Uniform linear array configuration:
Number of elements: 24
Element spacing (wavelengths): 0.75
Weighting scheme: binomial
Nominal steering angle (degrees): -15
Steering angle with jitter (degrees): -14.934
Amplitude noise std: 0.05
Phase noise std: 0.05

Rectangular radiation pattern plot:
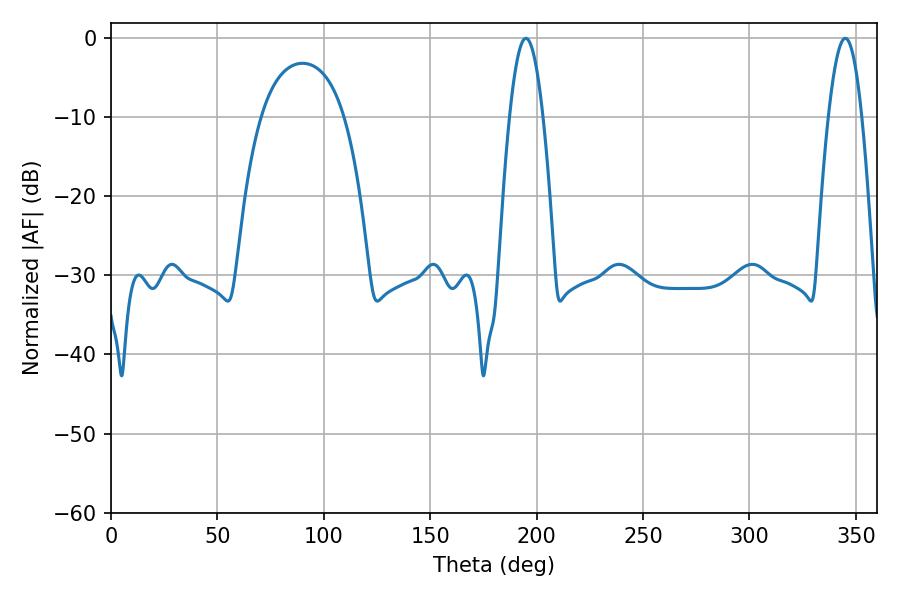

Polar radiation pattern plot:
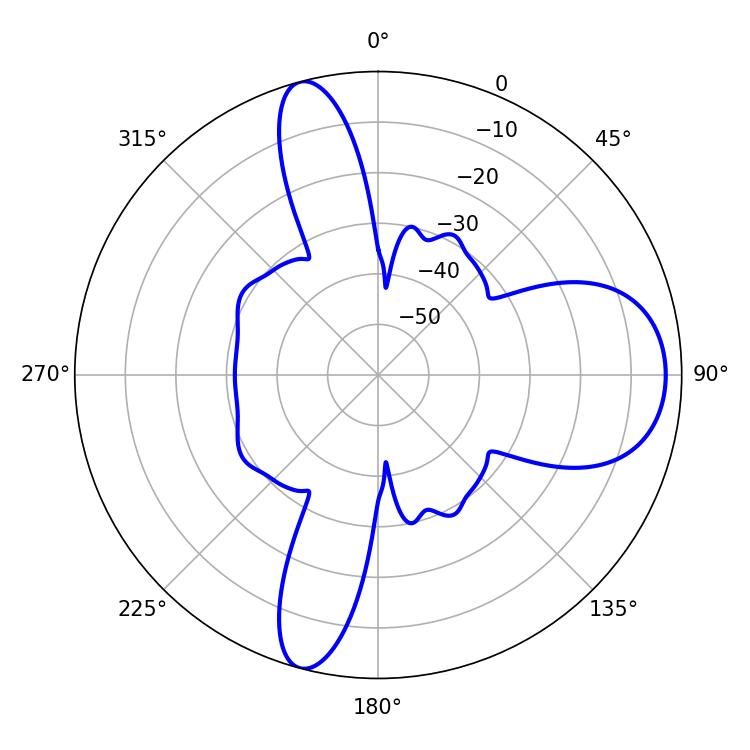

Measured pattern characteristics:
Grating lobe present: TRUE
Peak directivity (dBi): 11.257
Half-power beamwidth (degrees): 8.46
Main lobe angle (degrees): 194.94